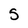
Character: 5